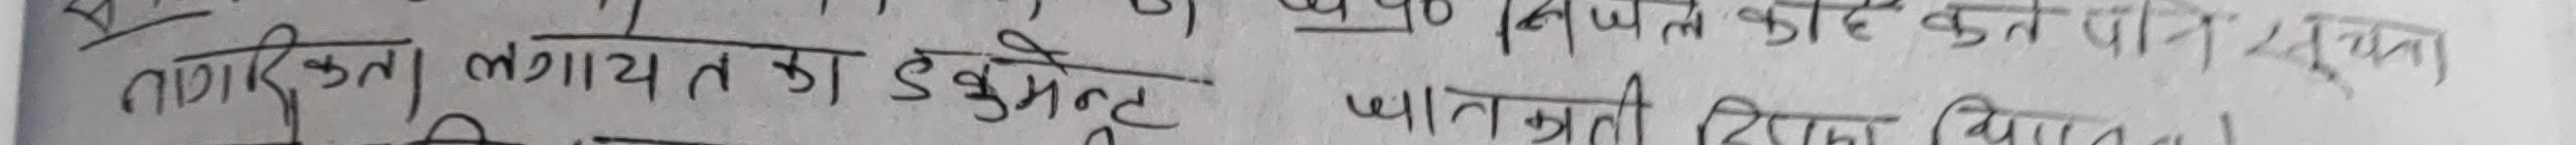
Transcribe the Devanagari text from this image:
नागरिकता लागत का डॉक्यूमेंट
जागरूकता दिया जाएगा।